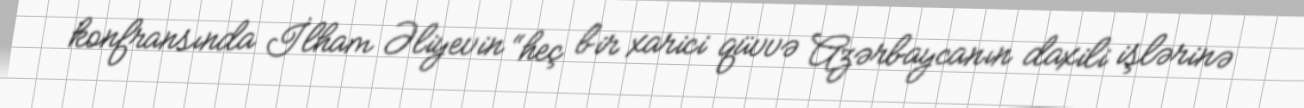
konfransında İlham Əliyevin “heç bir xarici qüvvə Azərbaycanın daxili işlərinə